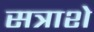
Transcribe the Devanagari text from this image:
सत्राशे